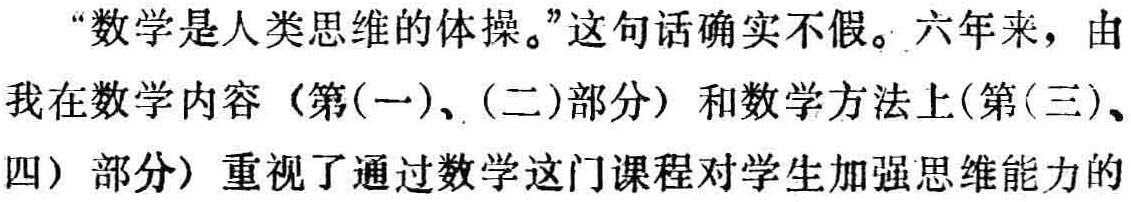
“数学是人类思维的体操。”这句话确实不假。六年来，由

我在数学内容（第(一)、(二)部分）和数学方法上(第(三)、

四）部分) 重视了通过数学这门课程对学生加强思维能力的